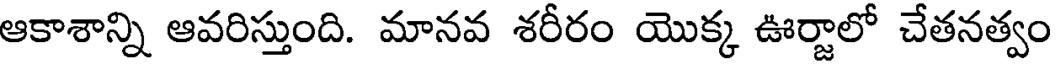
ఆకాశాన్ని ఆవరిస్తుంది. మానవ శరీరం యొక్క ఊర్జాలో చేతనత్వం